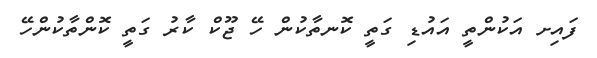
ފައިށ އަކުންތީ އައުޑި ގަތީ ކޮނތާކުން ހޭ ޖޫކް ކާރު ގަތީ ކޮންތާކުންހޭ